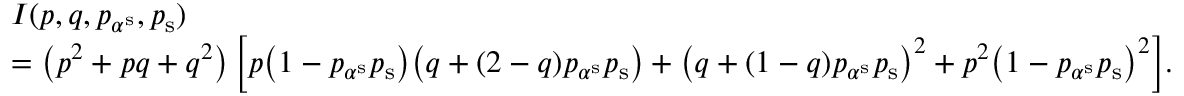
\begin{array} { r l } & { I ( p , q , p _ { \alpha ^ { \mathrm { s } } } , p _ { \mathrm { s } } ) } \\ & { = \left( p ^ { 2 } + p q + q ^ { 2 } \right) \Big [ p \big ( 1 - p _ { \alpha ^ { \mathrm { s } } } p _ { \mathrm { s } } \big ) \big ( q + ( 2 - q ) p _ { \alpha ^ { \mathrm { s } } } p _ { \mathrm { s } } \big ) + \big ( q + ( 1 - q ) p _ { \alpha ^ { \mathrm { s } } } p _ { \mathrm { s } } \big ) ^ { 2 } + p ^ { 2 } \big ( 1 - p _ { \alpha ^ { \mathrm { s } } } p _ { \mathrm { s } } \big ) ^ { 2 } \Big ] . } \end{array}